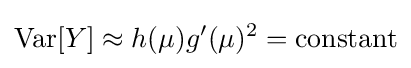
\operatorname {Var} [Y]\approx h(\mu )g'(\mu )^{2}={\text{constant}}